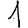
Digit: 1